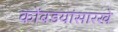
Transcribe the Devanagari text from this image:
कोंबडयांसारखे